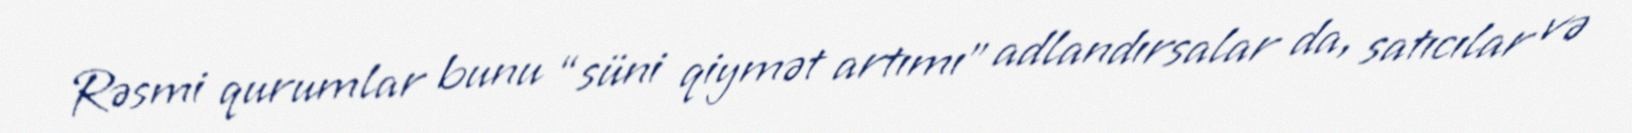
Rəsmi qurumlar bunu “süni qiymət artımı” adlandırsalar da, satıcılar və